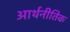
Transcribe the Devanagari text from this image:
आर्थनीतिक